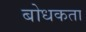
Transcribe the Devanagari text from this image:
बोधकता